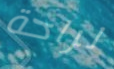
لراحة